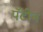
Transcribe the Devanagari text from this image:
पॅटीन